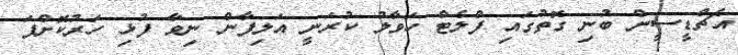
އެޗްޑީސީން ބުނި ގޮތުގައި ފްލެޓް ހަވާލު ކުރަނީ އަލިފާން ނިވާ ފުޅި ހަރުކޮށްފަ